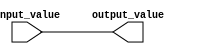
module register (
    input wire input_value,
    output reg output_value
);

always @ (input_value)
begin
    output_value <= input_value;
end

endmodule